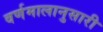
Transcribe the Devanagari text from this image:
वर्णमालानुसारी